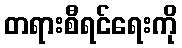
တရားစီရင်ရေးကို